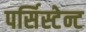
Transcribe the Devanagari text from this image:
पर्सिस्टेन्ट